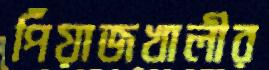
পিঁয়াজখালীর